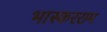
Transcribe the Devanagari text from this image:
भास्करराम